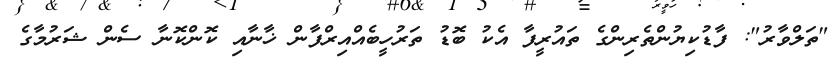
"ތަލްވާރު": ފާޑުކިޔުންތެރިންގެ ތައުރީފާ އެކު ބޮޑު ތަރުހީބެއްއިރްފާން ޚާނާއި ކޮންކޮނާ ސެން ޝަރުމާގެ